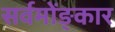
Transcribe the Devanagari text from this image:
सर्वमोंङ्कार